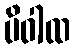
ပိဝါထ